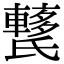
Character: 𨎱